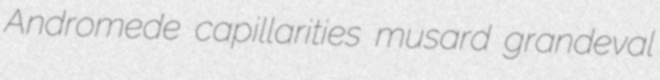
Andromede capillarities musard grandeval